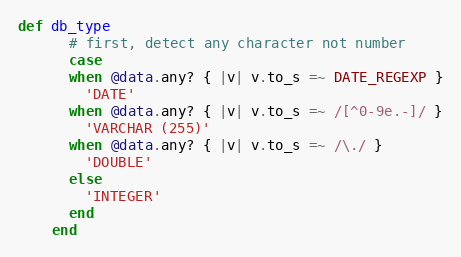
Language: Ruby
def db_type
      # first, detect any character not number
      case
      when @data.any? { |v| v.to_s =~ DATE_REGEXP }
        'DATE'
      when @data.any? { |v| v.to_s =~ /[^0-9e.-]/ }
        'VARCHAR (255)'
      when @data.any? { |v| v.to_s =~ /\./ }
        'DOUBLE'
      else
        'INTEGER'
      end
    end